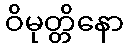
ဝိမုတ္တိနော